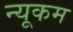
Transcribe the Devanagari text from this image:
न्यूकम